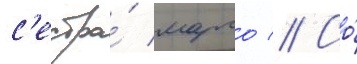
с'естра́ марго // Со́